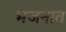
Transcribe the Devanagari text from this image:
भजनात